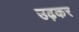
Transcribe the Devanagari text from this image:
उढ़कर